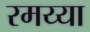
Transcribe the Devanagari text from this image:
रमय्या